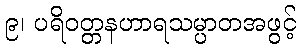
၉၊ ပရိဝတ္တနဟာရသမ္ပာတအဖွင့်